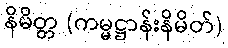
နိမိတ္တ (ကမ္မဋ္ဌာန်းနိမိတ်)